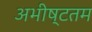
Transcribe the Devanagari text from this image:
अभीष्टतम